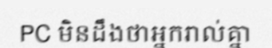
PC មិនដឹងថាអ្នករាល់គ្នា